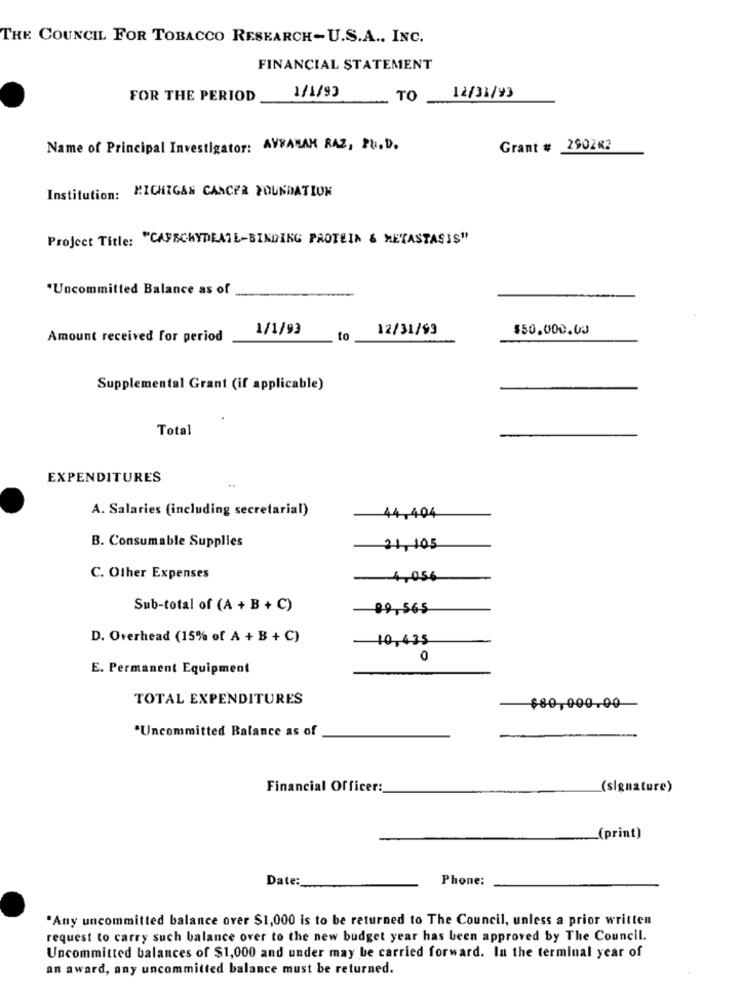
THE COUNCIL FOR TOBACCO RESEARCH-U.S.A .. INC.
FINANCIAL STATEMENT
1/1/99
FOR THE PERIOD
TO_
12/31/93
Name of Principal Investigator: AVRANAH RAZ, Ph. D.
Grant # 290282
Institution: MICHIGAN CANCER FOUNDATION
Project Title: "CAFECHYDEATL-BINDING PROTEIN & METASTASIS"
*Uncommitted Balance as of
1/1/99
12/31/93
$50.000.00
Amount received for period
to
Supplemental Grant (if applicable)
Total
EXPENDITURES
A. Salaries (including secretarial)
44,404
B. Consumable Supplies
21,105
C. Other Expenses
4,056
Sub-total of (A + B + C)
99,565
D. Overhead (15% of A + B + C)
10,435
0
E. Permanent Equipment
TOTAL EXPENDITURES
$80,000.00
*Uncommitted Balance as of
Financial Officer:
(signature)
_(print)
Date:
Phone:
"Any uncommitted balance over $1,000 is to be returned to The Council, unless a prior written
request to carry such balance over to the new budget year has been approved by The Council.
Uncommitted balances of $1,000 and under may be carried forward. In the terminal year of
an award, any uncommitted balance must be returned.